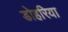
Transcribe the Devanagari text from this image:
डोहरिया